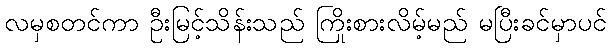
လမှစတင်ကာ ဦးမြင့်သိန်းသည် ကြိုးစားလိမ့်မည် မပြီးခင်မှာပင်